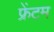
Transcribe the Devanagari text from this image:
फ्रेंटम